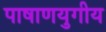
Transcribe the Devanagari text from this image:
पाषाणयुगीय